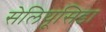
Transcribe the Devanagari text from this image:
सेलियूसिडा